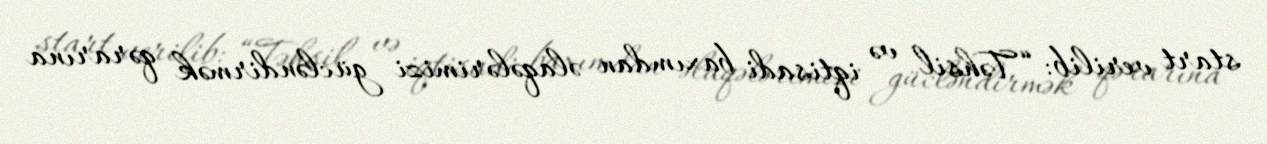
start verilib: “Təhsil və iqtisadi baxımdan əlaqələrimizi gücləndirmək qərarına